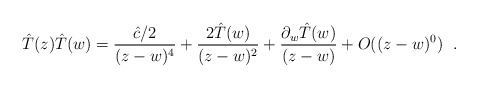
\begin{align*}\hat{T}(z)\hat{T}(w)=\frac{\hat{c}/2}{(z-w)^4}+\frac{2\hat{T}(w)}{(z-w)^2}+\frac{\partial_w\hat{T}(w)}{(z-w)}+O((z-w)^0) \hspace{.1in}. \end{align*}